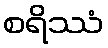
စရိဿံ